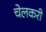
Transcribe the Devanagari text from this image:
चेलकरी